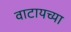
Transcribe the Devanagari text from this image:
वाटायच्या